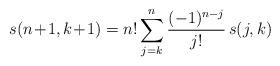
LaTeX: \begin{align*}s(n\!+\!1,k\!+\!1)=n!\sum_{j=k}^n \frac{(-1)^{n-j}}{j!}\,s(j, k) \end{align*}